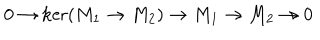
LaTeX: 0 \to \ker ( M _ { 1 } \to M _ { 2 } ) \to M _ { 1 } \to M _ { 2 } \to 0